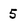
Character: 5